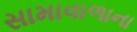
સામાવાળાના